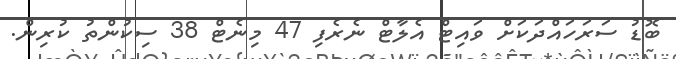
ބޮޑު ސަރަހައްދަކަށް ވައިޓް އެލާޓް ނެރެފި 47 މިނެޓް 38 ސިކުންތު ކުރިން.